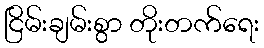
ငြိမ်းချမ်းစွာ တိုးတက်ရေး